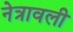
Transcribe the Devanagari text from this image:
नेत्रावली